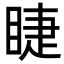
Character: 睫